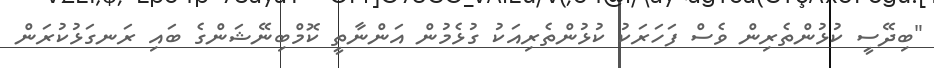
"ބިދޭސީ ކުޅުންތެރިން ވެސް ފަހަރަކު ކުޅުންތެރިއަކު ގުޅެމުން އަންނާތީ ކޮމްބިނޭޝަންގެ ބައި ރަނގަޅުކުރަން